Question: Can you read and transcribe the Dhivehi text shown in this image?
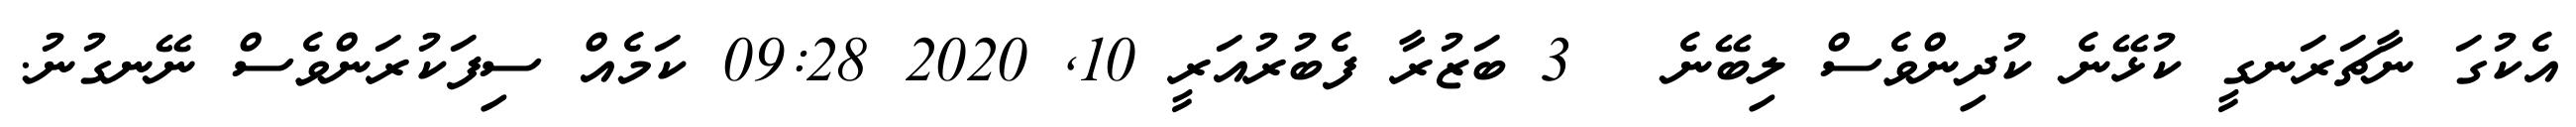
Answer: އެކުގަ ނާޗަރަނގީ ކުޅޭނެ ކުދިންވެސް ލިބޭނެ ? 3 ބަޒުރާ ފެބުރުއަރީ 10, 2020 09:28 ކަމެއް ސިފަކުރަންވެސް ނޭނގުނު.